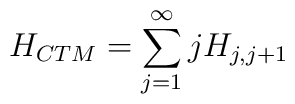
H_{CTM} = \sum_{j=1}^{\infty} j H_{j,j+1}